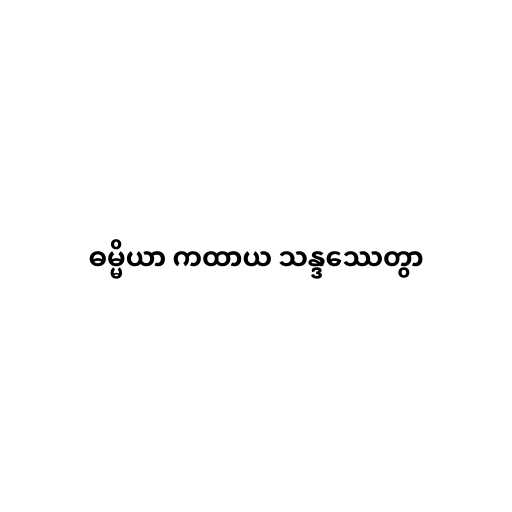
ဓမ္မိယာ ကထာယ သန္ဒဿေတွာ